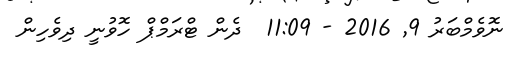
ނޮވެމްބަރު 9